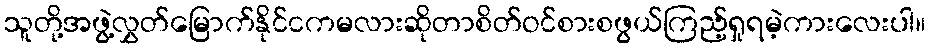
သူတို့အဖွဲ့လွှတ်မြောက်နိုင်ငကမလားဆိုတာစိတ်ဝင်စားစဖွယ်ကြည့်ရှုရမဲ့ကားလေးပါ။